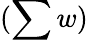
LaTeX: (\sum w)